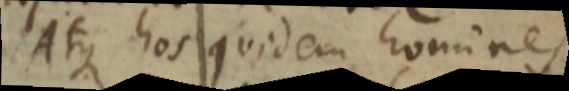
Atque hos quidem homines